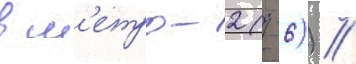
в м'етро-2 (д-6)) //